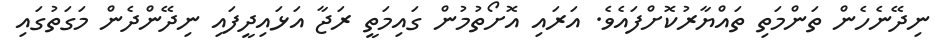
ނިދޭނެހެން ތަންމަތި ތައްޔާރުކޮށްފައެވެ. އަރައި އޮށޯތުމުން ގައިމަތީ ރަޖާ އަޅައިދީފައި ނިދޭންދެން މަގަތުގައި